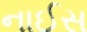
નાઈસ